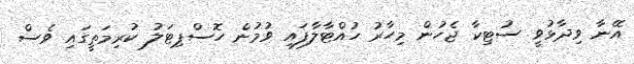
އޭނާ ވިދާޅުވީ ސުޓިކާ ޖެހުން މިހާރު ހުއްޓާލާފައި ވުމުން ހޮސްޕިޓަލު ކުރިމަތީގައި ވެސް